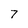
Character: 7